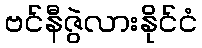
ဗင်နီဇွဲလားနိုင်ငံ